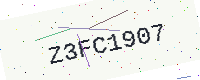
Text: Z3FC1907